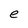
Character: e